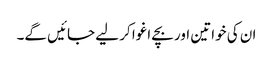
ان کی خواتین اور بچے اغوا کر لیے جائیں گے۔